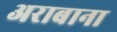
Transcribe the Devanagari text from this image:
अराबाना